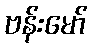
ဗန်းမော်